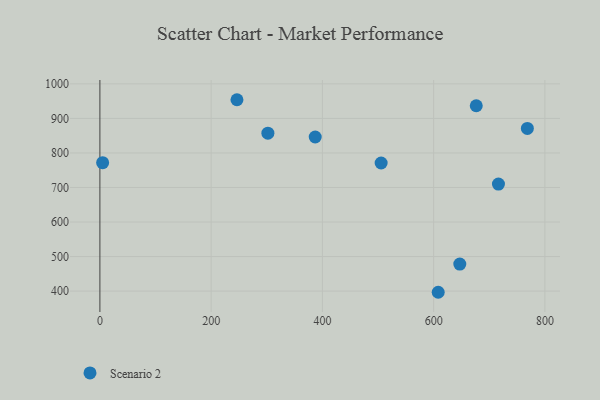
{"axis": {"x": "Experience", "y": "Fuel Efficiency"}, "legend": ["Scenario 2"], "data": [{"x": "768.5", "y": 871.1, "type": "Scenario 2"}, {"x": "302.0", "y": 857.3, "type": "Scenario 2"}, {"x": "246.4", "y": 954.1, "type": "Scenario 2"}, {"x": "647.0", "y": 478.1, "type": "Scenario 2"}, {"x": "4.9", "y": 771.8, "type": "Scenario 2"}, {"x": "505.6", "y": 770.9, "type": "Scenario 2"}, {"x": "716.5", "y": 709.7, "type": "Scenario 2"}, {"x": "676.6", "y": 936.6, "type": "Scenario 2"}, {"x": "387.1", "y": 846.2, "type": "Scenario 2"}, {"x": "608.2", "y": 396.5, "type": "Scenario 2"}]}